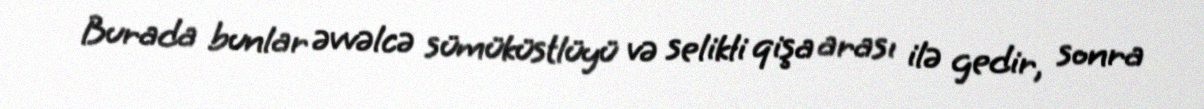
Burada bunlar əvvəlcə sümüküstlüyü və selikli qişa arası ilə gedir, sonra